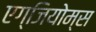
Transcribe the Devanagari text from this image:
एग्जियोम्स